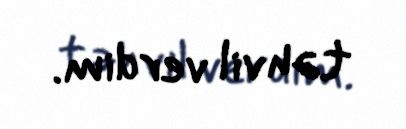
təhvil verdim.